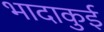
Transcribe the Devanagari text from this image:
भादाकुई